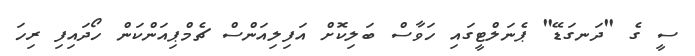
ސީ ގެ "ދަނގަޑޭ" ޕެނަލްޓީގައި ހަވާސް ބަލިކޮށް އަފިލިއަންސް ޗެމްޕިއަންކަން ހޯދައިފި ރިހަ